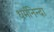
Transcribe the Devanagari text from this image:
धर्मनिन्दा